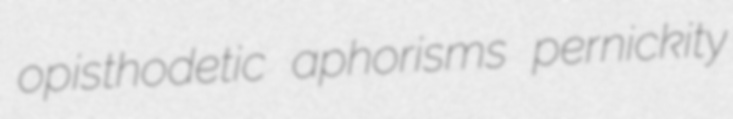
opisthodetic aphorisms pernickity